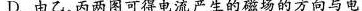
D.由乙、丙两图可得电流产生的磁场的方向与电